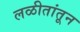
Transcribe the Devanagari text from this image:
लळीतांतून